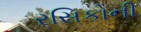
રસિકોની